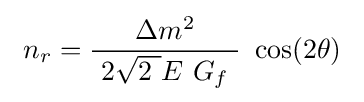
\ n_{r}={\frac {\Delta m^{2}}{\ 2{\sqrt {2\ }}E\ G_{f}\ }}\ \cos(2\theta )\